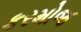
કરમોજ